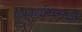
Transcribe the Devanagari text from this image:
एकाग्रचित्ताने